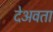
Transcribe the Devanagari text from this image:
देअवता